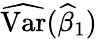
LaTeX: {\widehat{\operatorname{Var}}}({\widehat{\beta}}_{1})